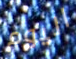
اليوم